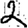
Digit: 2